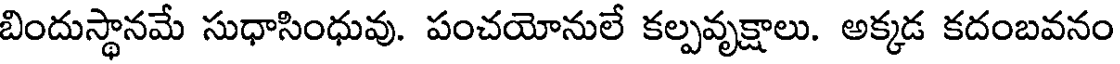
బిందుస్థానమే సుధాసింధువు. పంచయోనులే కల్పవృక్షాలు. అక్కడ కదంబవనం